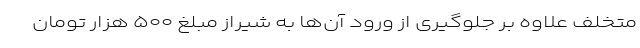
متخلف علاوه بر جلوگیری از ورود آن‌ها به شیراز مبلغ ۵۰۰ هزار تومان